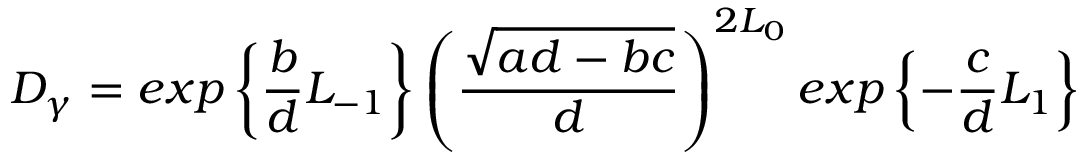
D _ { \gamma } = e x p \left\{ \frac { b } { d } L _ { - 1 } \right\} \left( \frac { \sqrt { a d - b c } } { d } \right) ^ { 2 L _ { 0 } } e x p \left\{ - \frac { c } { d } L _ { 1 } \right\}